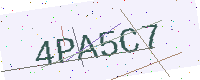
Text: 4PA5C7